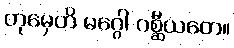
တုမှေဟိ မဂ္ဂေါ ဂစ္ဆီယတေ။